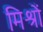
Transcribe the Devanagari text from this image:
मिश्रों